Leaving Certificate Examination, 1908
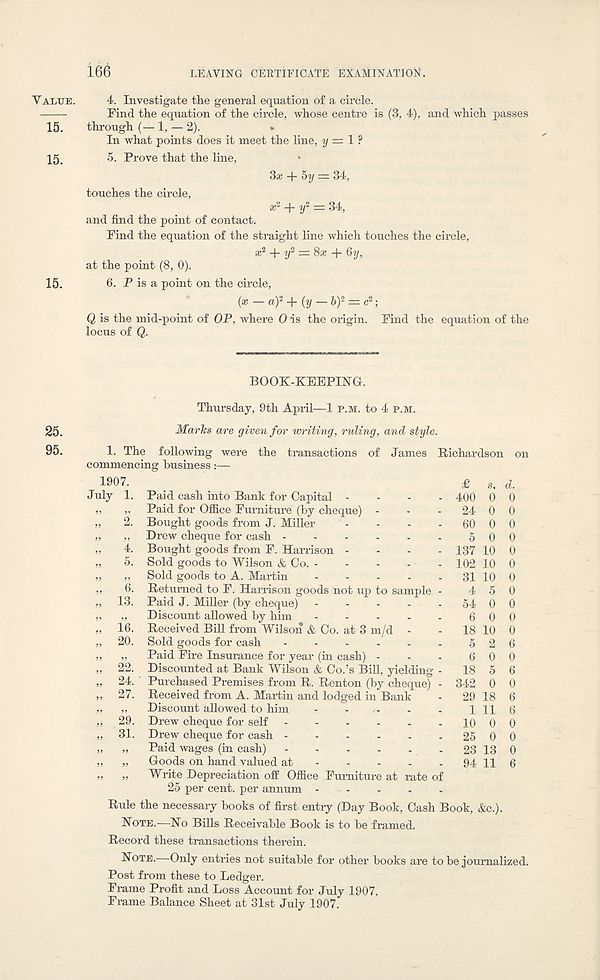
Yaltje.
15.
15.
15.
25.
95.
166
LEAVING CERTIFICATE EXAMINATION.
4. Investigate the general equation of a circle.
Find the equation of the circle, whose centre is (3, 4), and which passes
through (— 1, — 2).
•
In what points does it meet the line, y = 1 ?
5. Prove that the line,
3x + 5y = 34,
touches the circle,
i c 2 -f- y 2 — 34,
and find the point of contact.
Find the equation of the straight line which touches the circle,
* 2 + V* = 8* + §y,
at the point (8, 0).
6. P is a point on the circle,
(* — of +{y — bf — c 2 ;
Q is the mid-point of OP, where 0 is the origin. Find the equation of the
locus of Q.
BOOK-KEEPING.
Thursday, 9th April—1 p.m. to 4 p.m.
Maries are given for writing, ruling, and style.
1. The following were the transactions of James Richardson on
commencing business:—
1907.
£ s, d.
July 1. Paid cash into Bank for Capital - - - - 400 0 0
„ Paid for Office Furniture (by cheque) - - - 24 0 0
2. Bought goods from J. Miller - - - - 60 0 0
„ Drew cheque for cash - - - . . . 5 00
4. Bought goods from F. Harrison .... 137 10 0
5. Sold goods to Wilson & Oo. - - - . . . 102 10 0
„ Sold goods to A. Martin
31 10 0
6. Returned to F. Harrison goods not up to sample - 4 5 0
13. Paid J. Miller (by cheque) - - - - - 54 0 0
„ Discount allowed by him - - - - - 6 0 0
16. Received Bill from Wilson & Oo. at 3 m/d - - 18 10 0
20. Sold goods for cash
5 2 6
„ Paid Fire Insurance for year (in cash) - - - 6 0 0
22. Discounted at Bank Wilson & Co.’s Bill, yielding - 18 5 6
24. ' Purchased Premises from R. Renton (by cheque) - 342 0 0
27. Received from A. Martin and lodged in Bank - 29 18 6
„ Discount allowed to him - - . - . . 1 11 6
29. Drew cheque for self
10 0 0
31. Drew cheque for cash
25 0 0
„ Paid wages (in cash)
- 23 13 0
„ Goods on hand valued at
94 11 6
„ Write Depreciation off Office Furniture at rate of
25 per cent, per annum - - - -
Rule the necessary books of first entry (Day Book, Cash Book, &c.).
Note.—No Bills Receivable Book is to be framed.
Record these transactions therein.
Note.—Only entries not suitable for other books are to be journalized.
Post from these to Ledger.
Frame Profit and Loss Account for July 1907.
Frame Balance Sheet at 31st July 1907.